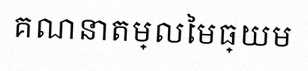
គណនាតម្លៃមធ្យម